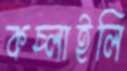
কচ্‌লাইলি